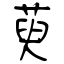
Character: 萸